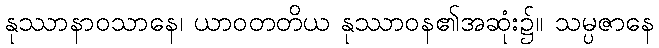
နုဿာနာဝသာနေ၊ ယာဝတတိယ နုဿာဝန၏အဆုံး၌။ သမ္ပဇာနေ